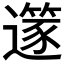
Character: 𨗹